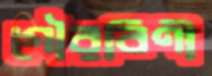
গৌরবিণী